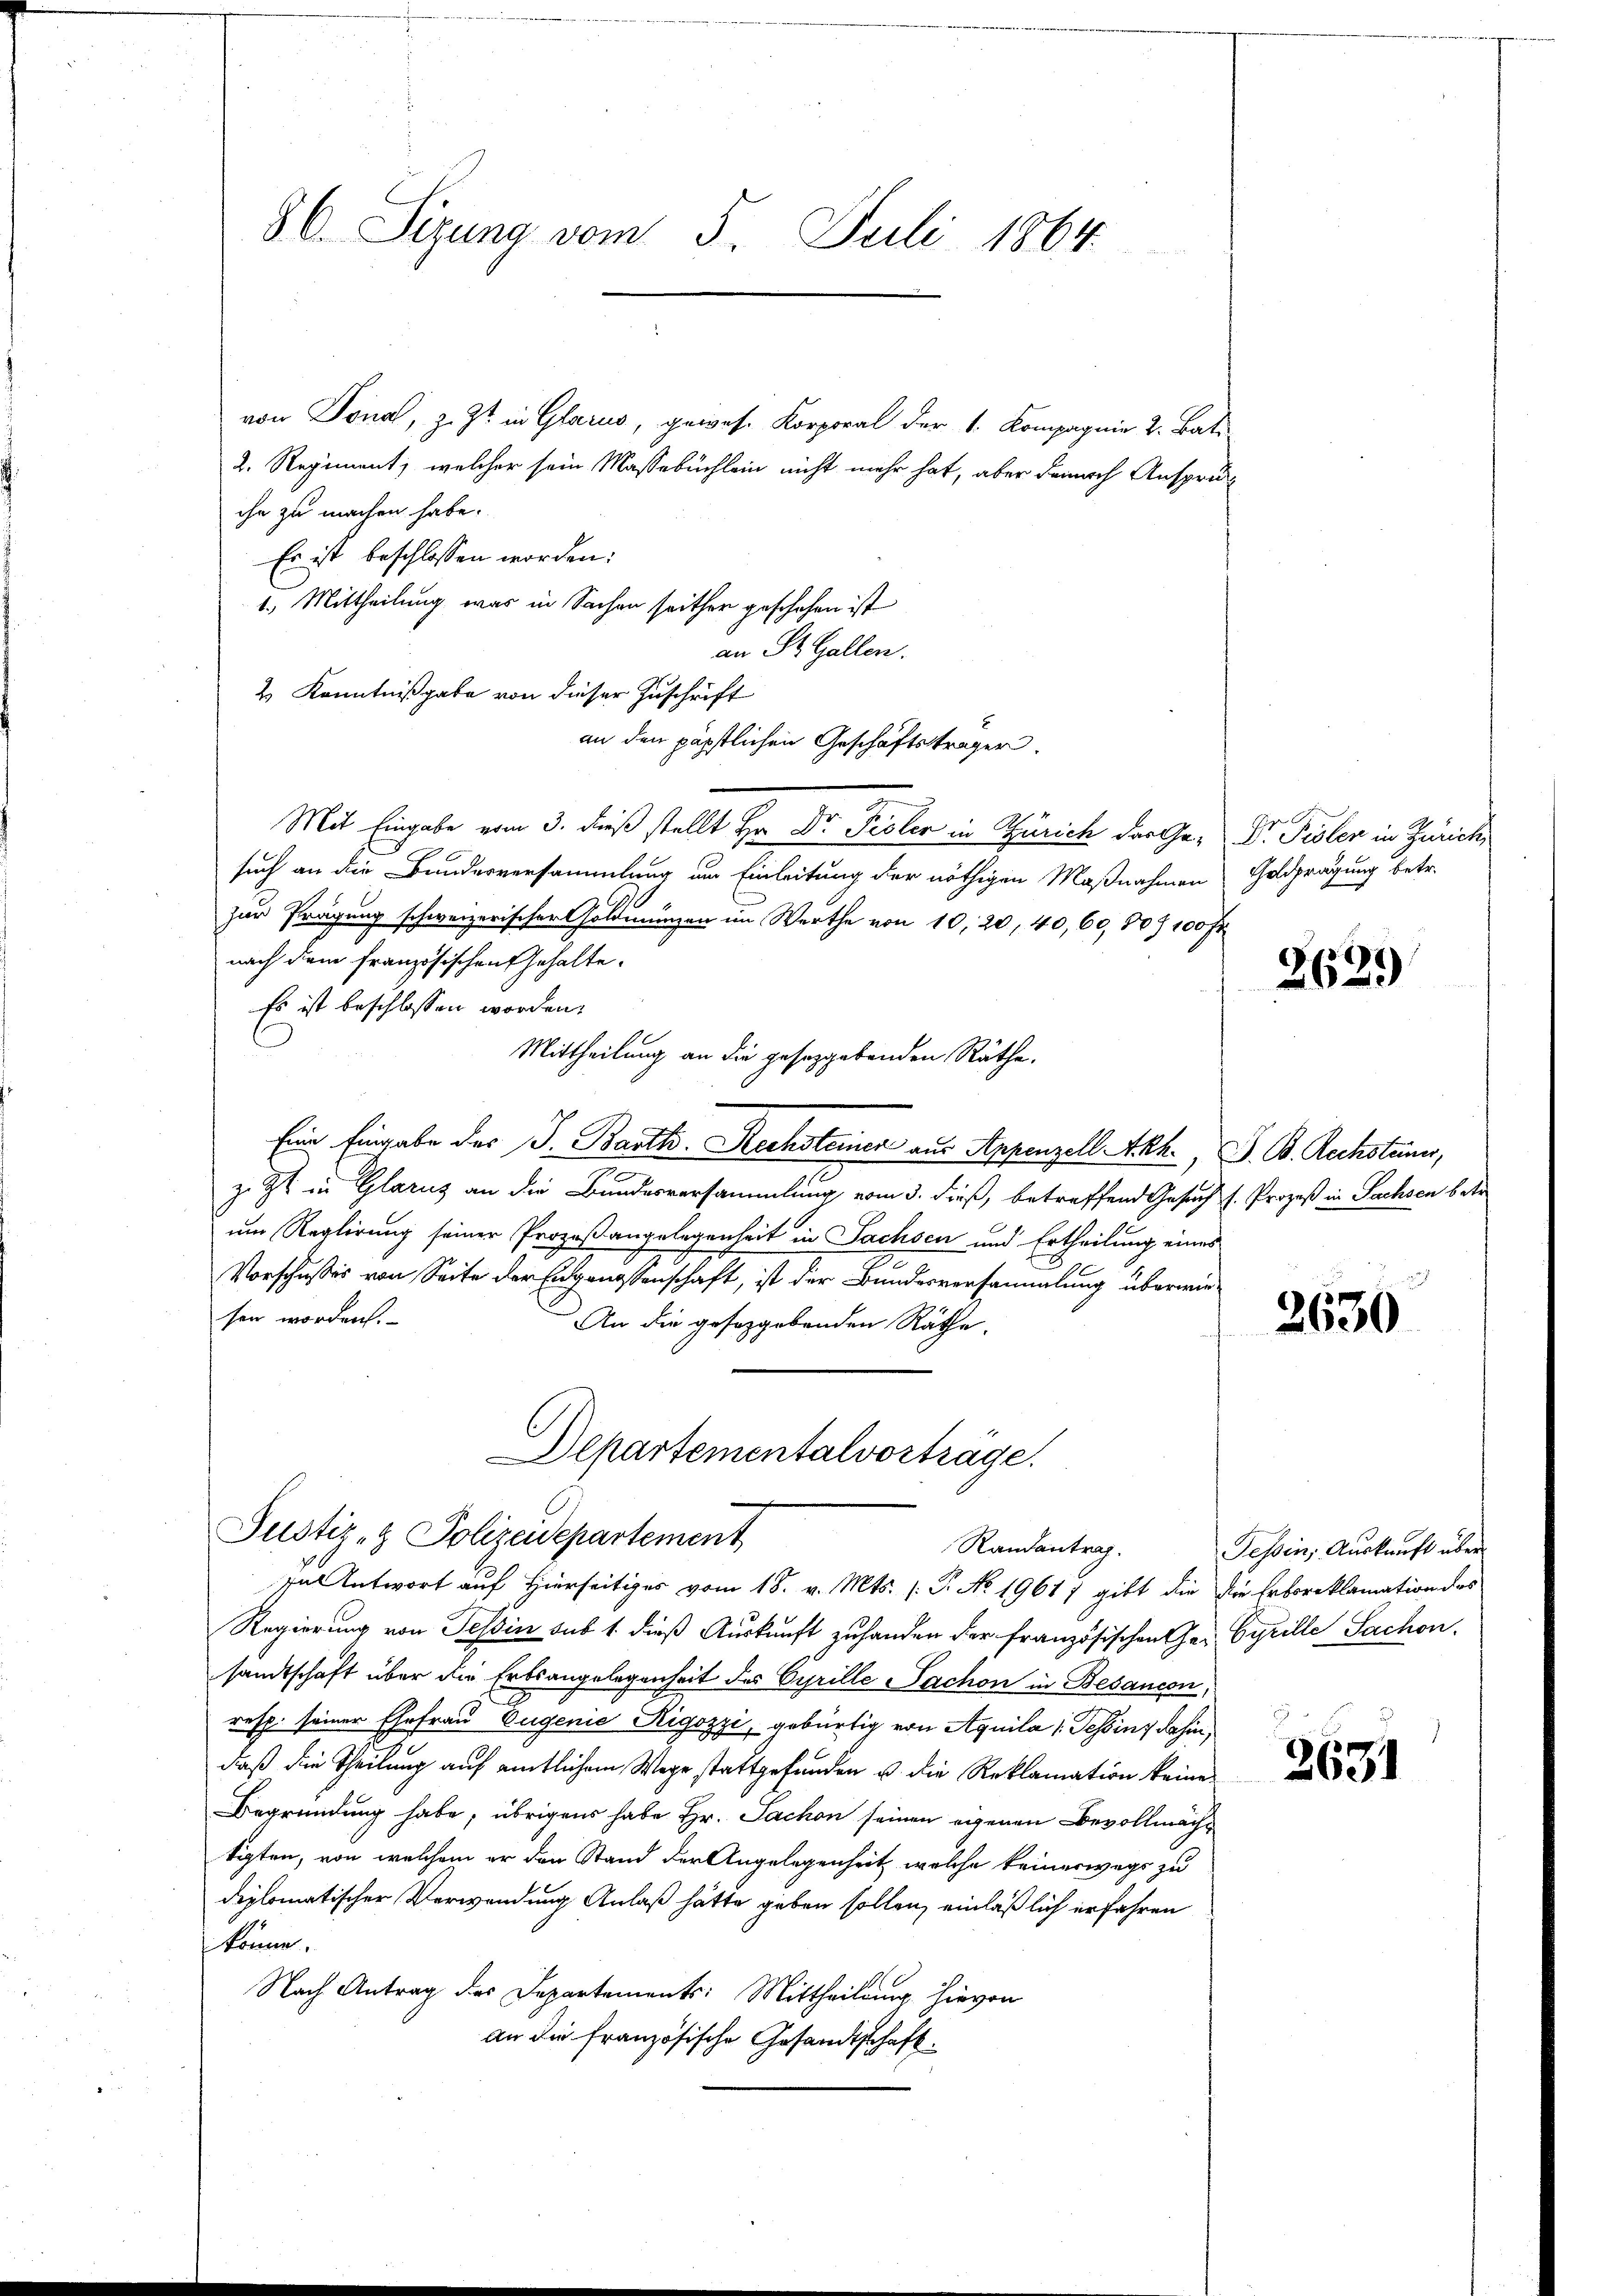
86. Sizung vom 5. Juli 1864

von Donat, z. Zt. in Glarus, gewese Korporal der 1. Kompagnie 2. Bat.
2. Regiment, welcher sein Massebüchlein nicht mehr hat, aber danach Anspruihn zu machen habe.
Es ist beschlossen worden:
1. Mittheilung, was in Sachen seither geschehen ist
an St. Gallen.
2 Kenntnißgabe von dieser Zuschrift
Mit Eingabe vom 3. dieß stellt Hr. Dr. Peler in Zürich der Ge- Dr. Pisler in Zürich,
such an die Bundesversammlung am Einleitung der nöthigen Maßnahmen
zur Prägung schweizerischer Goldmünzen im Werthe von 10, 20, 40, 60, 807 100 Fr.
nach dem französischen Gehalte.
Es ist beschlossen worden.
Mittheilung an die gesetzgebenden Räthe.
Eine Eingabe des J. Barth. Rechsteinen aus Appenzell A.Rh., S. B. Rechsteiner,
z. Zt. in Glarus an die Bundesversammlung vom 3. dieß, betreffend Gesuch s. Prozeß in Sachsen betr
um Reglirung seiner Prozeßangelegenheit in Sachsen und Ertheilung eines
Vorschusses von Seite der Engenossenschaft, ist der Bundesversammlung überwiesen worden.
An die gesetzgebenden Räthe.

an den päpstlichen Geschäftsträger.

Regierung von Tessin sub 1. dieß Auskunft zu handen der französischen Ge- Cyrille Sachen.
samtschaft über die Erbsangelegenheit der Cyrille Sachen in Besancon
resp. seiner Ehefrau Eugenie Rigozzi, gebürtig von Aquila : Tessin, dahin,
daß die Theilung auf amtlichem Wege stattgefunden u. die Reklamation keine
Begründung habe, übrigens habe Hr. Sachen seinen eigenen Bevollmächtigten, von welchem er den Stand der Angelegenheit, welche keineswegs zu
diplomatischer Verwendung Anlaß hätte geben sollen, einläßlich erfahren
könne.
Nach Antrag des Departements: Mittheilung hievon
an die französische Gesandtschaft.

Departementalvorträge.
Justiz- & Polizeidepartement
Randantrag.
In Antwort auf Hierseitiges vom 18. v. Mts. (T. No 1961) gibt die die Erboreklamation des

Goldprägung betr.

262)

2630

Tessin, Auskunft über

2631